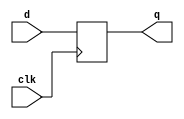
module latch24_test( d, clk,q );
	
	

    input[23:0] d;
    input clk;
    output[23:0] q;
    reg[23:0] q;
    always @(posedge clk)
        q[23:0]<=d[23:0];
	

endmodule